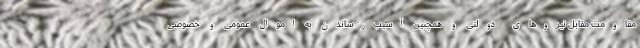
مقاومت مقابل نیروهای دولتی و همچنین آسیب‌رساندن به اموال عمومی و خصوصی